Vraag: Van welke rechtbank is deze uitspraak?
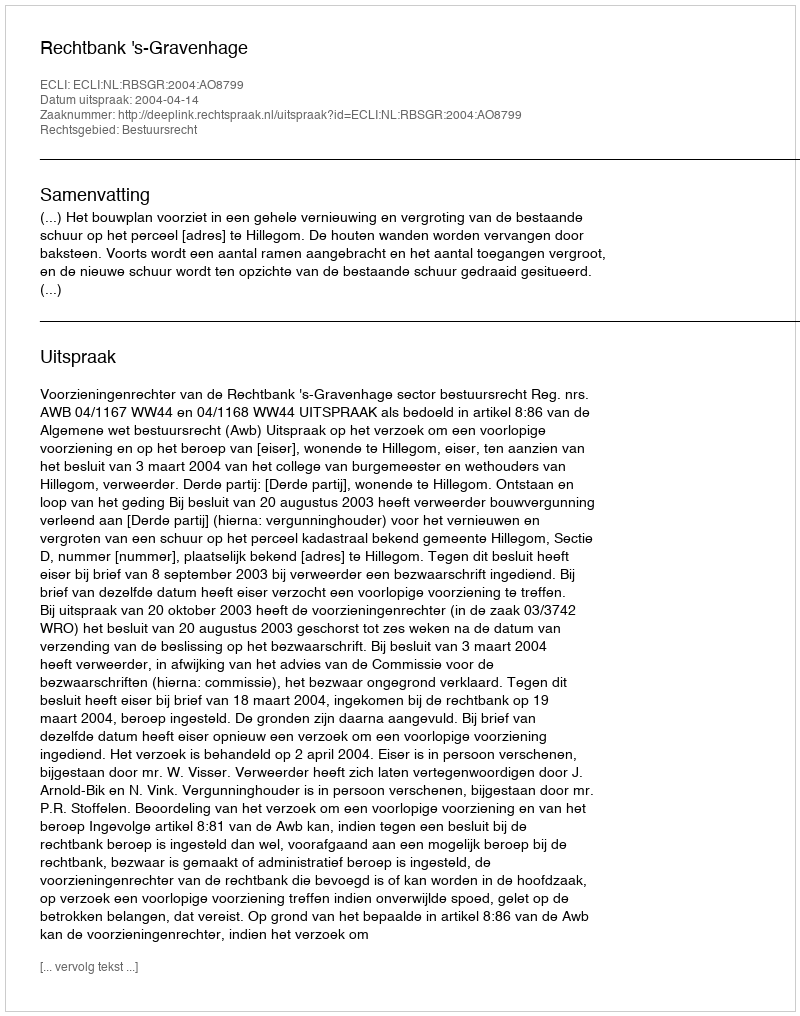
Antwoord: Rechtbank 's-Gravenhage